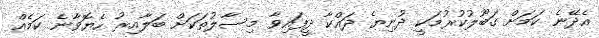
އެދޭނެ ކަމަށް ގަބޫލުކުރުމަކީ ދުނިޔެ ދައްކާ ދީފައިވާ މިސާލުތަކަށް ބަލާއިރު ހެޔޮވާނެ ކަމެއް